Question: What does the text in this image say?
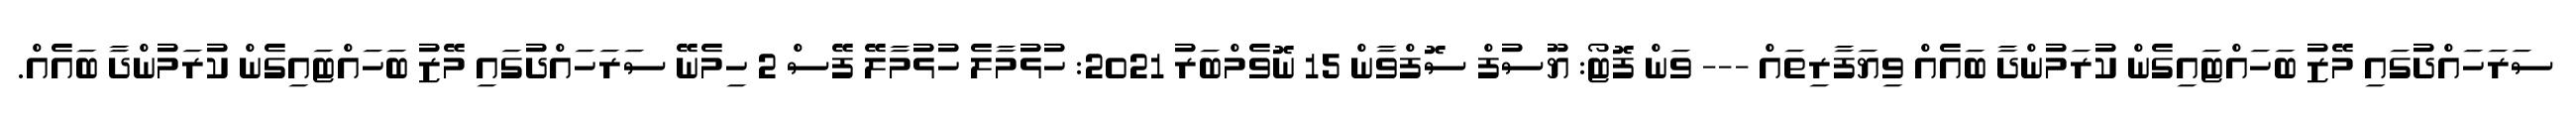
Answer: ސަރަހައްދުގައި މޭޒު ބަހައްޓައިގެން ކުރަމުންދާ ބައެއް ވިޔަފާރިތައް --- ވަން ފޮޓޯ: ޔޫސުފް ސޮފްވާން 15 ނޮވެމްބަރު 2021: ހުޅުމާލެ ހުޅުމާލޭ ފޭސް 2 ހިމެނޭ ސަރަހައްދުގައި މޭޒު ބަހައްޓައިގެން ކުރަމުންދާ ބައެއް.